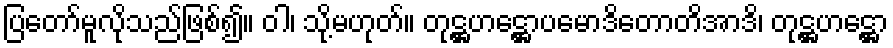
ပြတော်မူလိုသည်ဖြစ်၍။ ဝါ၊ သို့မဟုတ်။ တုဋ္ဌဟဋ္ဌောပမောဒိတောတိအာဒိ၊ တုဋ္ဌဟဋ္ဌော